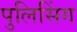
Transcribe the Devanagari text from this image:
पुलिसिंग